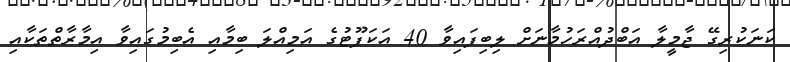
ކަނަކުރިގޭ ޖާމީލާ އަބްދުއްރަހުމާނަށް ލިބިފައިވާ 40 އަކަފޫޓުގެ އަމިއްލަ ބިމާއި އެބިމުގައިވާ އިމާރާތްތަކާއި